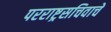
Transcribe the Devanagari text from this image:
परराष्ट्रसचिवाचे